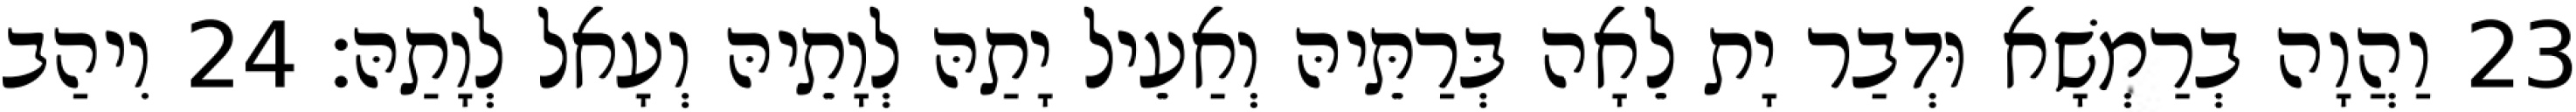
23 וַהֲוָה בְרַמְשָׁא וּדְבַר יָת לֵאָה בְּרַתֵּיהּ וְאַעֵיל יָתַהּ לְוָתֵיהּ וְעָאל לְוָתַהּ׃ 24 וִיהַב